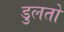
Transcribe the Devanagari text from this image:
डुलतो